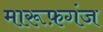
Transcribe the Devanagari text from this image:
मारूफ़गंज